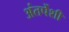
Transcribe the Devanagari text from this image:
अंतर्पेशी